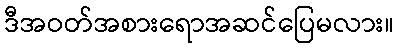
ဒီအဝတ်အစားရောအဆင်ပြေမလား။